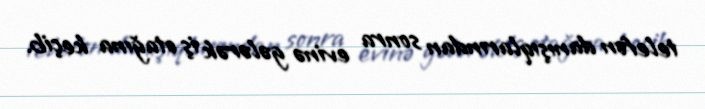
telefon danışıqlarından sonra evinə gələrək iş otağına keçib.